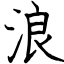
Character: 浪